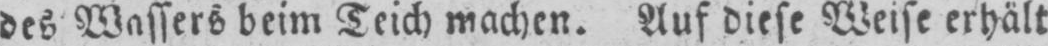
des Wassers beim Teich machen. Auf diese Weise erhält